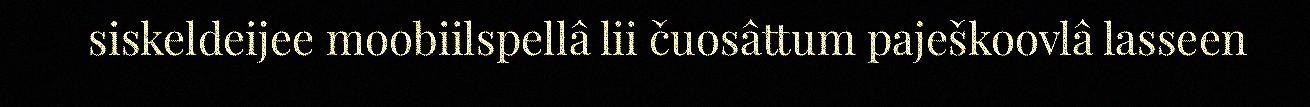
siskeldeijee moobiilspellâ lii čuosâttum paješkoovlâ lasseen